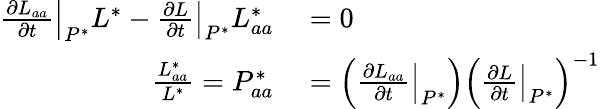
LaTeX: \begin{array}{rl}{\left.\frac{\partial L_{aa}}{\partial t}\right|_{P^{*}}L^{*}-\left.\frac{\partial L}{\partial t}\right|_{P^{*}}L_{aa}^{*}}&{{}=0}\\ {\frac{L_{aa}^{*}}{L^{*}}=P_{aa}^{*}}&{{}=\left(\left.\frac{\partial L_{aa}}{\partial t}\right|_{P^{*}}\right)\left(\left.\frac{\partial L}{\partial t}\right|_{P^{*}}\right)^{-1}}\end{array}